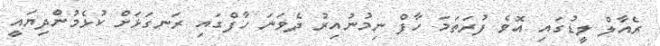
ރެއާލް ލީޑުގައި އޮވެ ފުރަތަމަ ހާފް ނިމުނުއިރު ދެވަނަ ހާފްގައި ރަނގަޅަށް ކުޅެމުންދިޔައީ